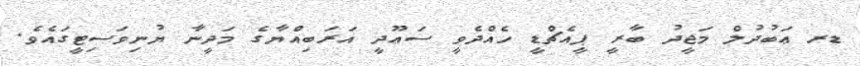
ޑރ ޢަބުދުލް މަޖީދު ބާރީ ޕީއެޗްޑީ ހެއްދެވީ ސަޢޫދީ އަރަބިއްޔާގެ މަދީނާ ޔުނިވަސިޓީގައެވެ.